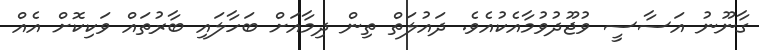
ގާނޫނު އަސާސީ ވުޖޫދުވުމާއެކުއެވެ. ދައުލަތް ތިން ދިމާއަށް ބަހާލައި ބާރުތައް ވަކިކޮށް އެއް